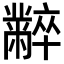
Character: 𪓌